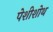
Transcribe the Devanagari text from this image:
पेशीशोथ